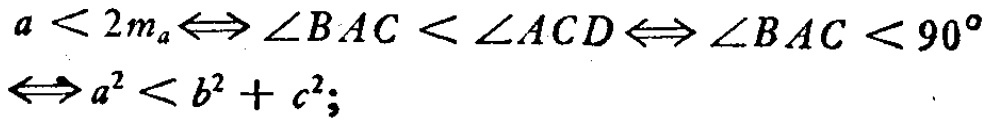
\(a < 2m_a\Leftrightarrow \angle BAC < \angle ACD\Leftrightarrow \angle BAC < 90^{\circ}\Leftrightarrow a^{2} < b^{2}+c^{2};\)